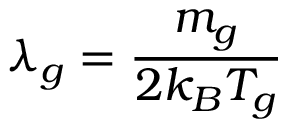
\lambda _ { g } = \frac { m _ { g } } { 2 k _ { B } T _ { g } }